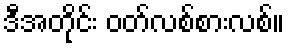
ဒီအတိုင်း ဝတ်လစ်စားလစ်။